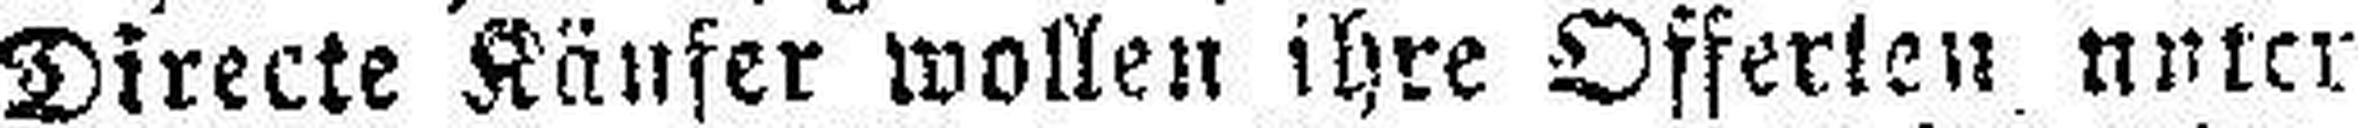
Directe Käufer wollen ihre Offerten unter